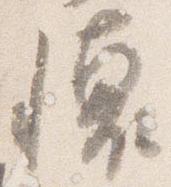
懐